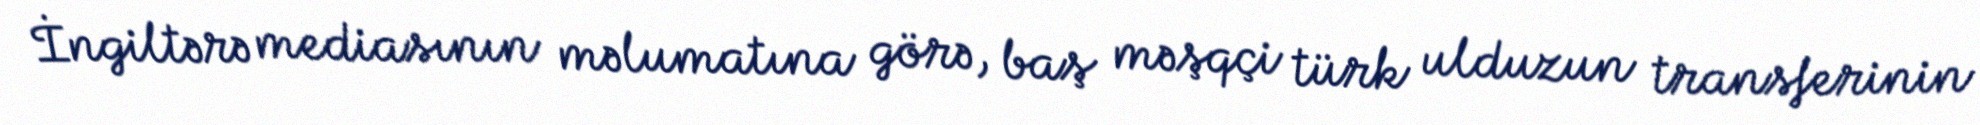
İngiltərə mediasının məlumatına görə, baş məşqçi türk ulduzun transferinin